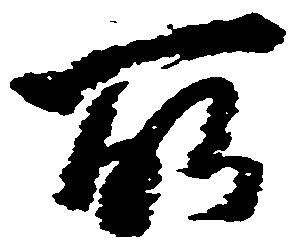
所